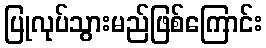
ပြုလုပ်သွားမည်ဖြစ်ကြောင်း